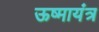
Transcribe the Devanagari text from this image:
ऊष्मायंत्र